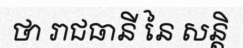
ថា រាជធានី នៃ សន្តិ